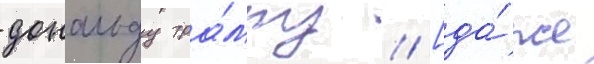
дональду тра́мпу / [да́же